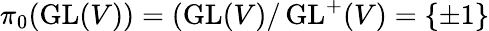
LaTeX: \pi_{0}(\operatorname{GL}(V))=(\operatorname{GL}(V)/\operatorname{GL}^{+}(V)=\{ \pm 1\}